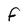
Character: f